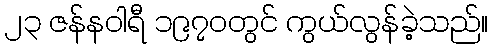
၂၃ ဇန်နဝါရီ ၁၉၇၀တွင် ကွယ်လွန်ခဲ့သည်။